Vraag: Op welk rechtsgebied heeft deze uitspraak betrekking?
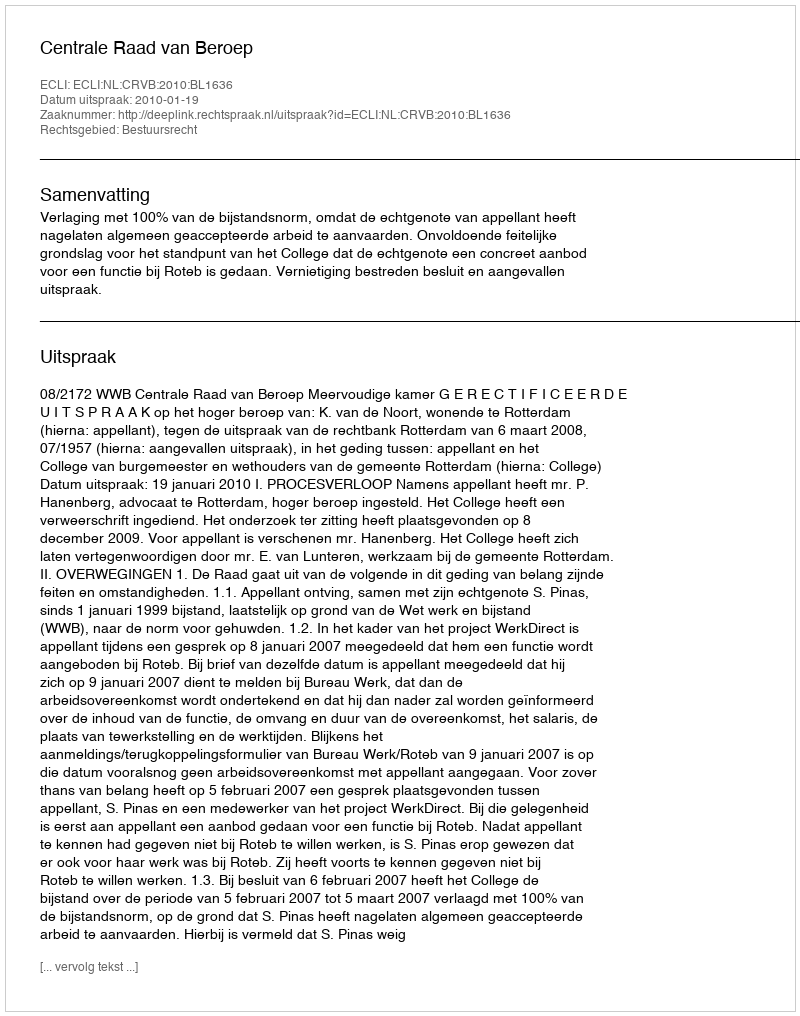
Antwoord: Bestuursrecht